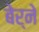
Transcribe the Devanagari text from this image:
बेर्ने